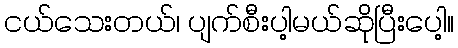
ငယ်သေးတယ်၊ ပျက်စီးပါ့မယ်ဆိုပြီးပေါ့။